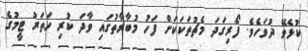
ކުޅެވޭ ދުވަހެވެ. ފޯރިގަދަ މެޗުތަކަކަށް ފަހު މުބާރާތުގައި ވާދަ ކުރި ހަތަރު ޓީމުގެ